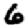
Digit: 6